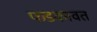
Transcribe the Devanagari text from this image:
फडकावत